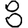
Digit: 8